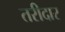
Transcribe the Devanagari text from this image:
तरीदार